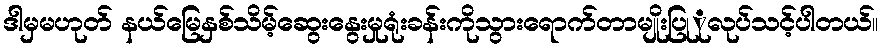
ဒါမှမဟုတ် နယ်မြေနှစ်သိမ့်ဆွေးနွေးမှုရုံးခန်းကိုသွားရောက်တာမျိုးပြုုလုပ်သင့်ပါတယ်။